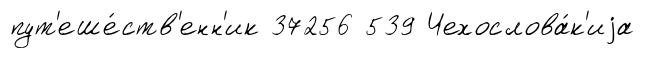
пут'еше́ств'енн'ик 37256 539 Чехослова́к'иjа